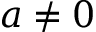
a \neq 0